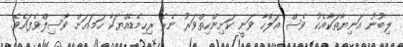
ލިބުނު އަނިޔާތަކާއެކު ވެސް އަލްހާ ވަނީ ކަށިންހިތްވަރު ނެރެ ރިހިމެޑެއްޔަކާ ހަމައަށް ވާސިލްވެފައެވެ.